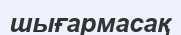
шығармасақ